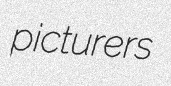
picturers